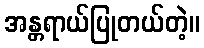
အန္တရာယ်ပြုတယ်တဲ့။